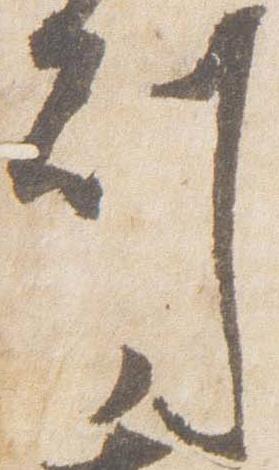
刻